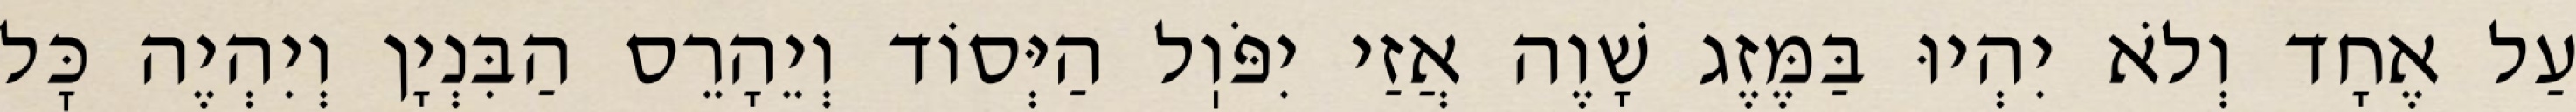
עַל אֶחָד וְלֹא יִהְיוּ בַּמֶּזֶג שָׁוֶה אֲזַי יִפֹּוֽל הַיְּסוֹד וְיֵהָרֵס הַבִּנְיָן וְיִהְיֶה כׇּל